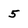
Character: 5